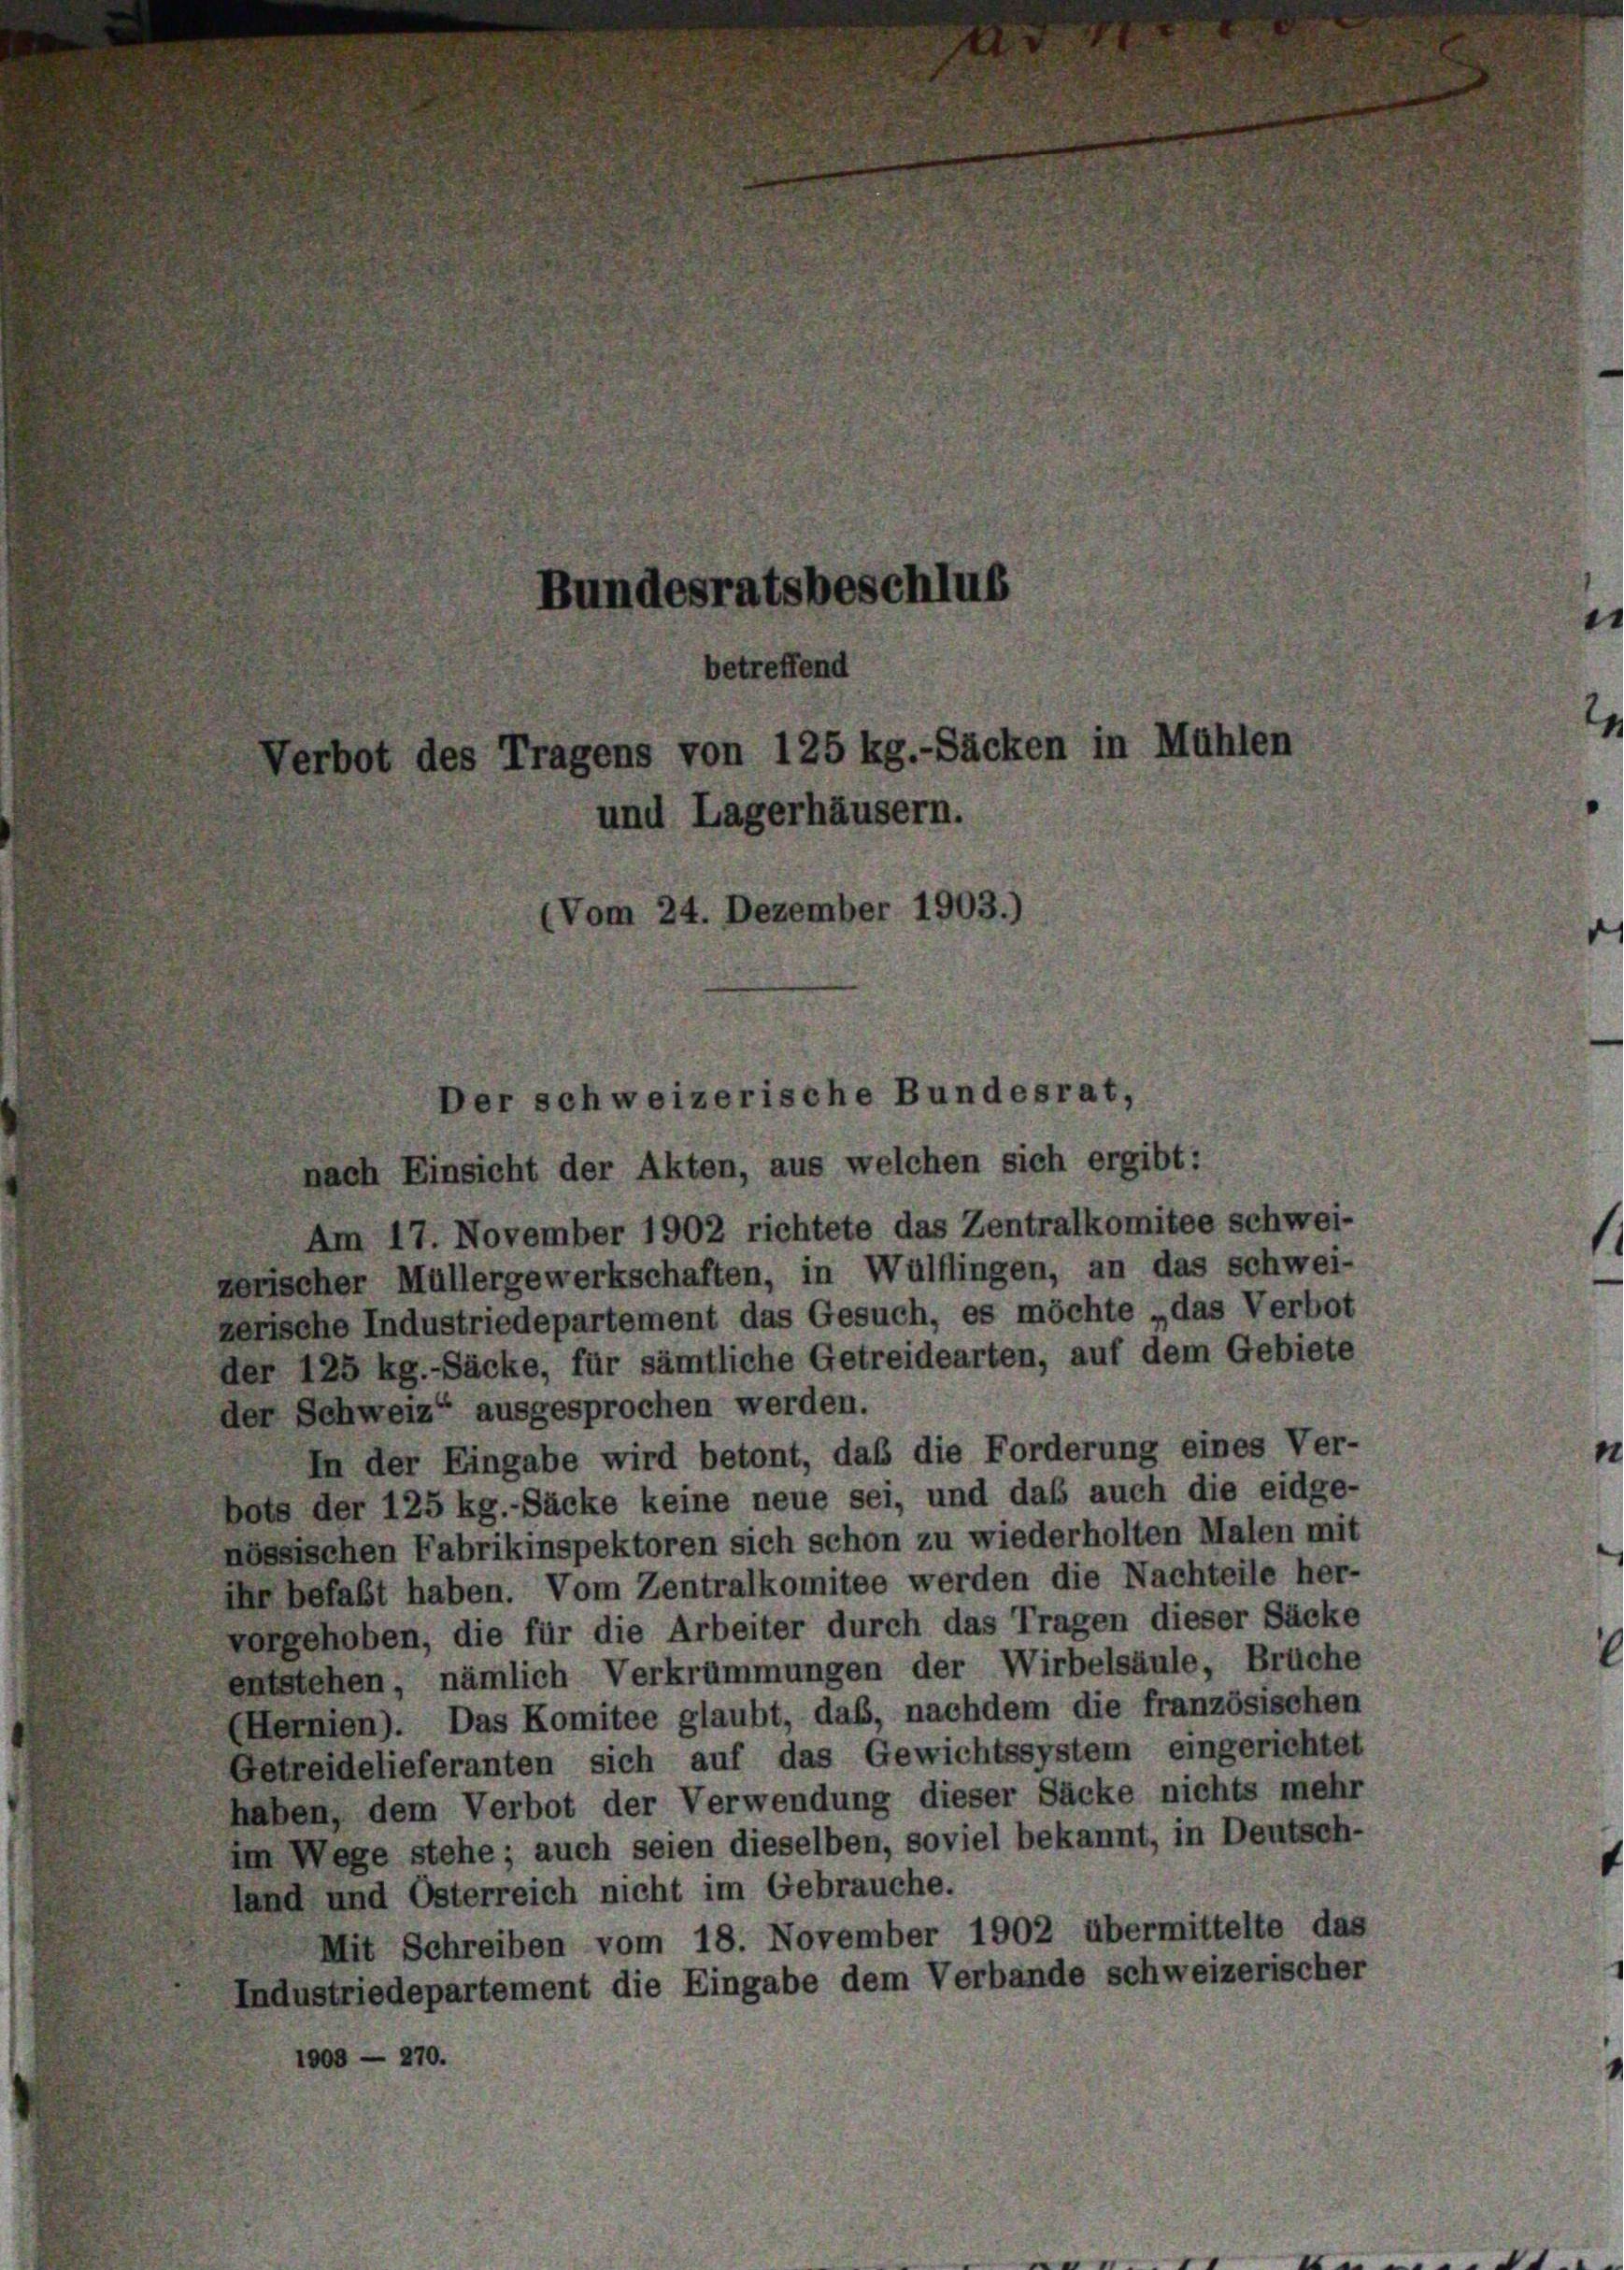
andesratsbeschlus
betreffend
bot des Tragens von 125 kg.-Säcken in Mühlen
d Lagerhäusern.
(Vom 24. Dezember 1903.)

nach Einsicht der Akten, aus welchen sich ergibt:
Am 17. November 1902 richtete das Zentralkomitee schwei-
zerischer Müllergewerkschaften, in Wülflingen, an das schwei-
zerische Industriedepartement das Gesuch, es möchte „das Verbot
der 125 kg.-Säcke, für sämtliche Getreidearten, auf dem Gebiete
der Schweiz“ ausgesprochen werden.
In der Eingabe wird betont, das die Forderung eines Ver-
bots der 125 kg.-Säcke keine neue sei, und das auch die eidge-
nössischen Fabrikinspektoren sich schon zu wiederholten Malen mit
ihr befaßt haben. Vom Zentralkomitee werden die Nachteile her-
vorgehoben, die für die Arbeiter durch das Tragen dieser Säcke
entstehen, nämlich Verkrümmungen der Wirbelsäule, Brüche
(Hernien). Das Komitee glaubt, daß, nachdem die französischen
Getreidelieferanten sich auf das Gewichtssystem eingerichtet
haben, dem Verbot der Verwendung dieser Säcke nichts mehr
im Wege stehe; auch seien dieselben, soviel bekannt, in Deutsch-
land und Osterreich nicht im Gebrauche.
Mit Schreiben vom 18. November 1902 übermittelte das
Industriedepartement die Eingabe dem Verbande schweizerischer
1000 — 270.

Der schweizerische Bundesrat.